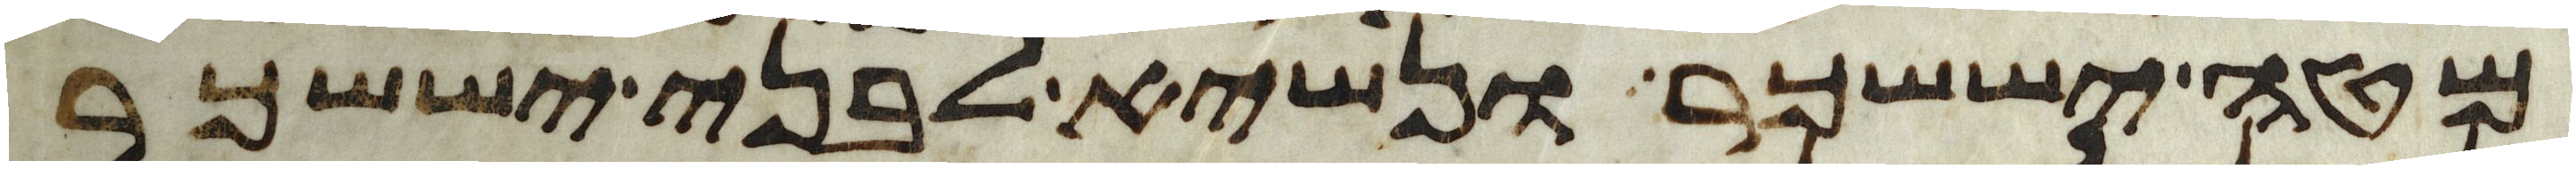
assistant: מטה יששכר ונשיא לבני יששכר